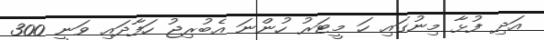
އަދި ފުޅާ މިނުގައި ހަ މީޓަރު ހުންނަ އެބުރިޖު ހަފާދައި ވަނީ 300